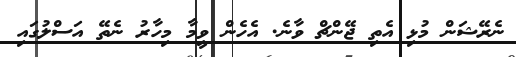
ނެރޭޝަން މުޅި އެތި ޖޭންޗް ވާނެ. އެހެން ވީމާ މިހާރު ނެތޭ އަސްލުގައި